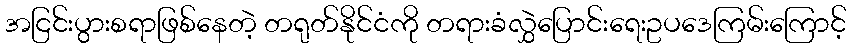
အငြင်းပွားစရာဖြစ်နေတဲ့ တရုတ်နိုင်ငံကို တရားခံလွှဲပြောင်းရေးဥပဒေကြမ်းကြောင့်